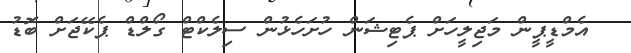
އެމްޑީޕީން މަޖިލީހަށް ޕެޓިޝަން ހުށަހެޅުން ސިލެކްޓް ގޯލްޑް ޕެކޭޖަށް ބޮޑު